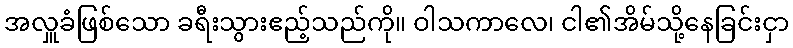
အလှူခံဖြစ်သော ခရီးသွားဧည့်သည်ကို။ ဝါသကာလေ၊ ငါ၏အိမ်သို့နေခြင်းငှာ